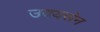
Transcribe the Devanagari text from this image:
उदयसेन